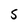
Character: S